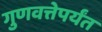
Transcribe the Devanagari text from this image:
गुणवत्तेपर्यंत